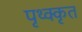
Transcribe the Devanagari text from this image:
पृथ्क्कृत